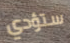
ستؤدي